DOW-UAP-D48, Department of the Air Force Report, 1996
Agency: Department of War
Incident date: 9/10/96
Page 104
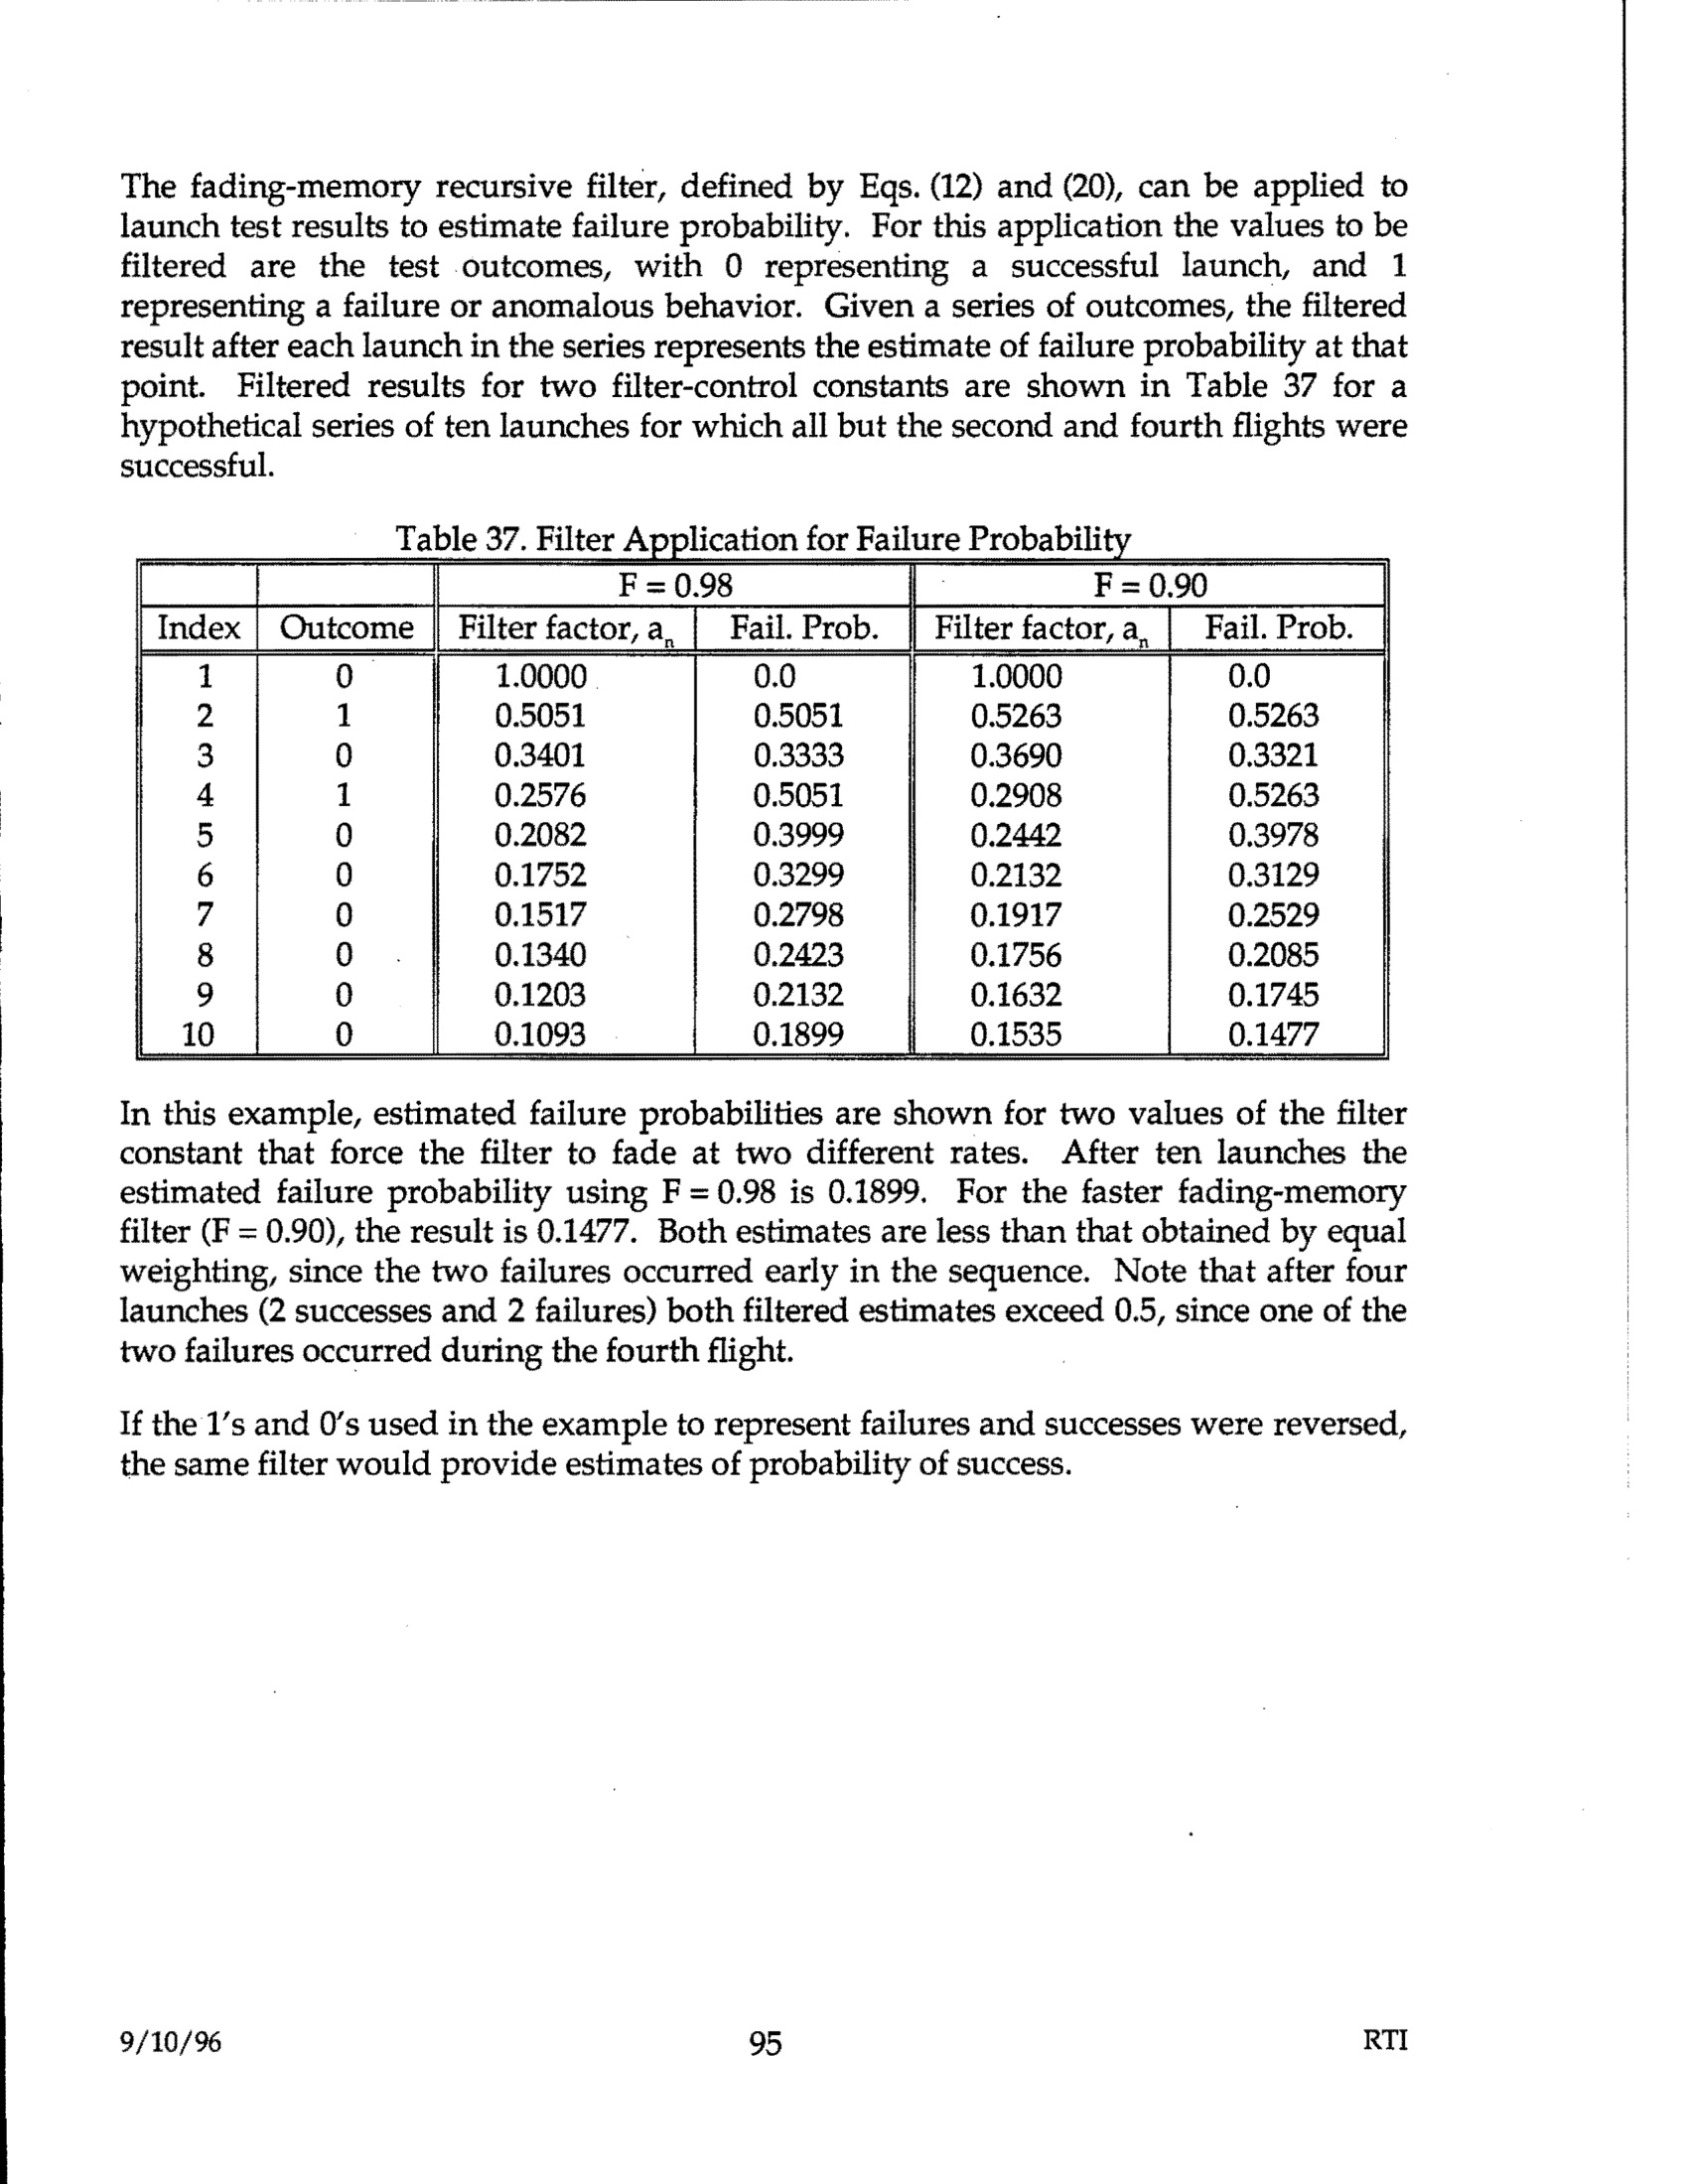